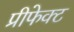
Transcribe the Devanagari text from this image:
प्रीफेक्ट